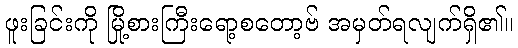
ဖူးခြင်းကို မြို့စားကြီးရော့စတော့ဗ် အမှတ်ရလျက်ရှိ၏။